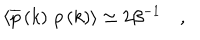
LaTeX: \left\langle \overline { { { p } } } \left( k \right) \, p \left( k \right) \right\rangle \simeq 2 \beta ^ { - 1 } \quad ,